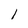
Character: 1